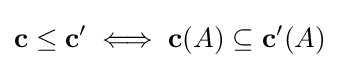
\mathbf {c} \leq \mathbf {c} '\iff \mathbf {c} (A)\subseteq \mathbf {c} '(A)